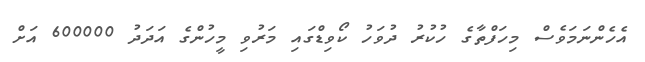
އެހެންނަމަވެސް މިހަފްތާގެ ހުކުރު ދުވަހު ކޯވިޑްގައި މަރުވި މީހުންގެ އަދަދު 600000 އަށް